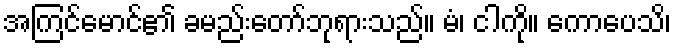
အကြင်မောင်၏ ခမည်းတော်ဘုရားသည်။ မံ၊ ငါကို။ ကောပေသိ၊